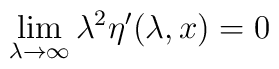
\lim_{\lambda\rightarrow\infty}\lambda^{2}\eta^{\prime}(\lambda,x)=0